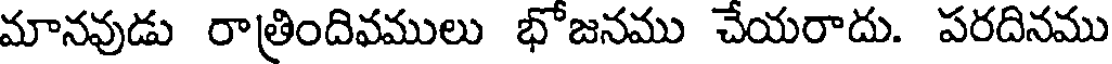
మానవుడు రాత్రిందివములు భోజనము చేయరాదు. పరదినము